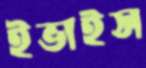
ইভাইস